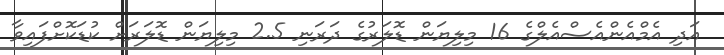
އަދި އެމްއެންއެސްއެލްގެ 16 މިލިޔަން ޑޮލަރުގެ ދަރަނި 2.5 މިލިޔަން ޑޮލަރަށް ކުޑަކޮށްފައިވާ